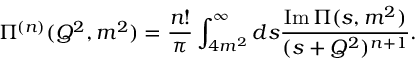
\Pi ^ { ( n ) } ( Q ^ { 2 } , m ^ { 2 } ) = \frac { n ! } { \pi } \int _ { 4 m ^ { 2 } } ^ { \infty } d s \frac { \mathrm { I m } \, \Pi ( s , m ^ { 2 } ) } { ( s + Q ^ { 2 } ) ^ { n + 1 } } .